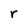
Character: r